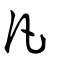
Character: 凡